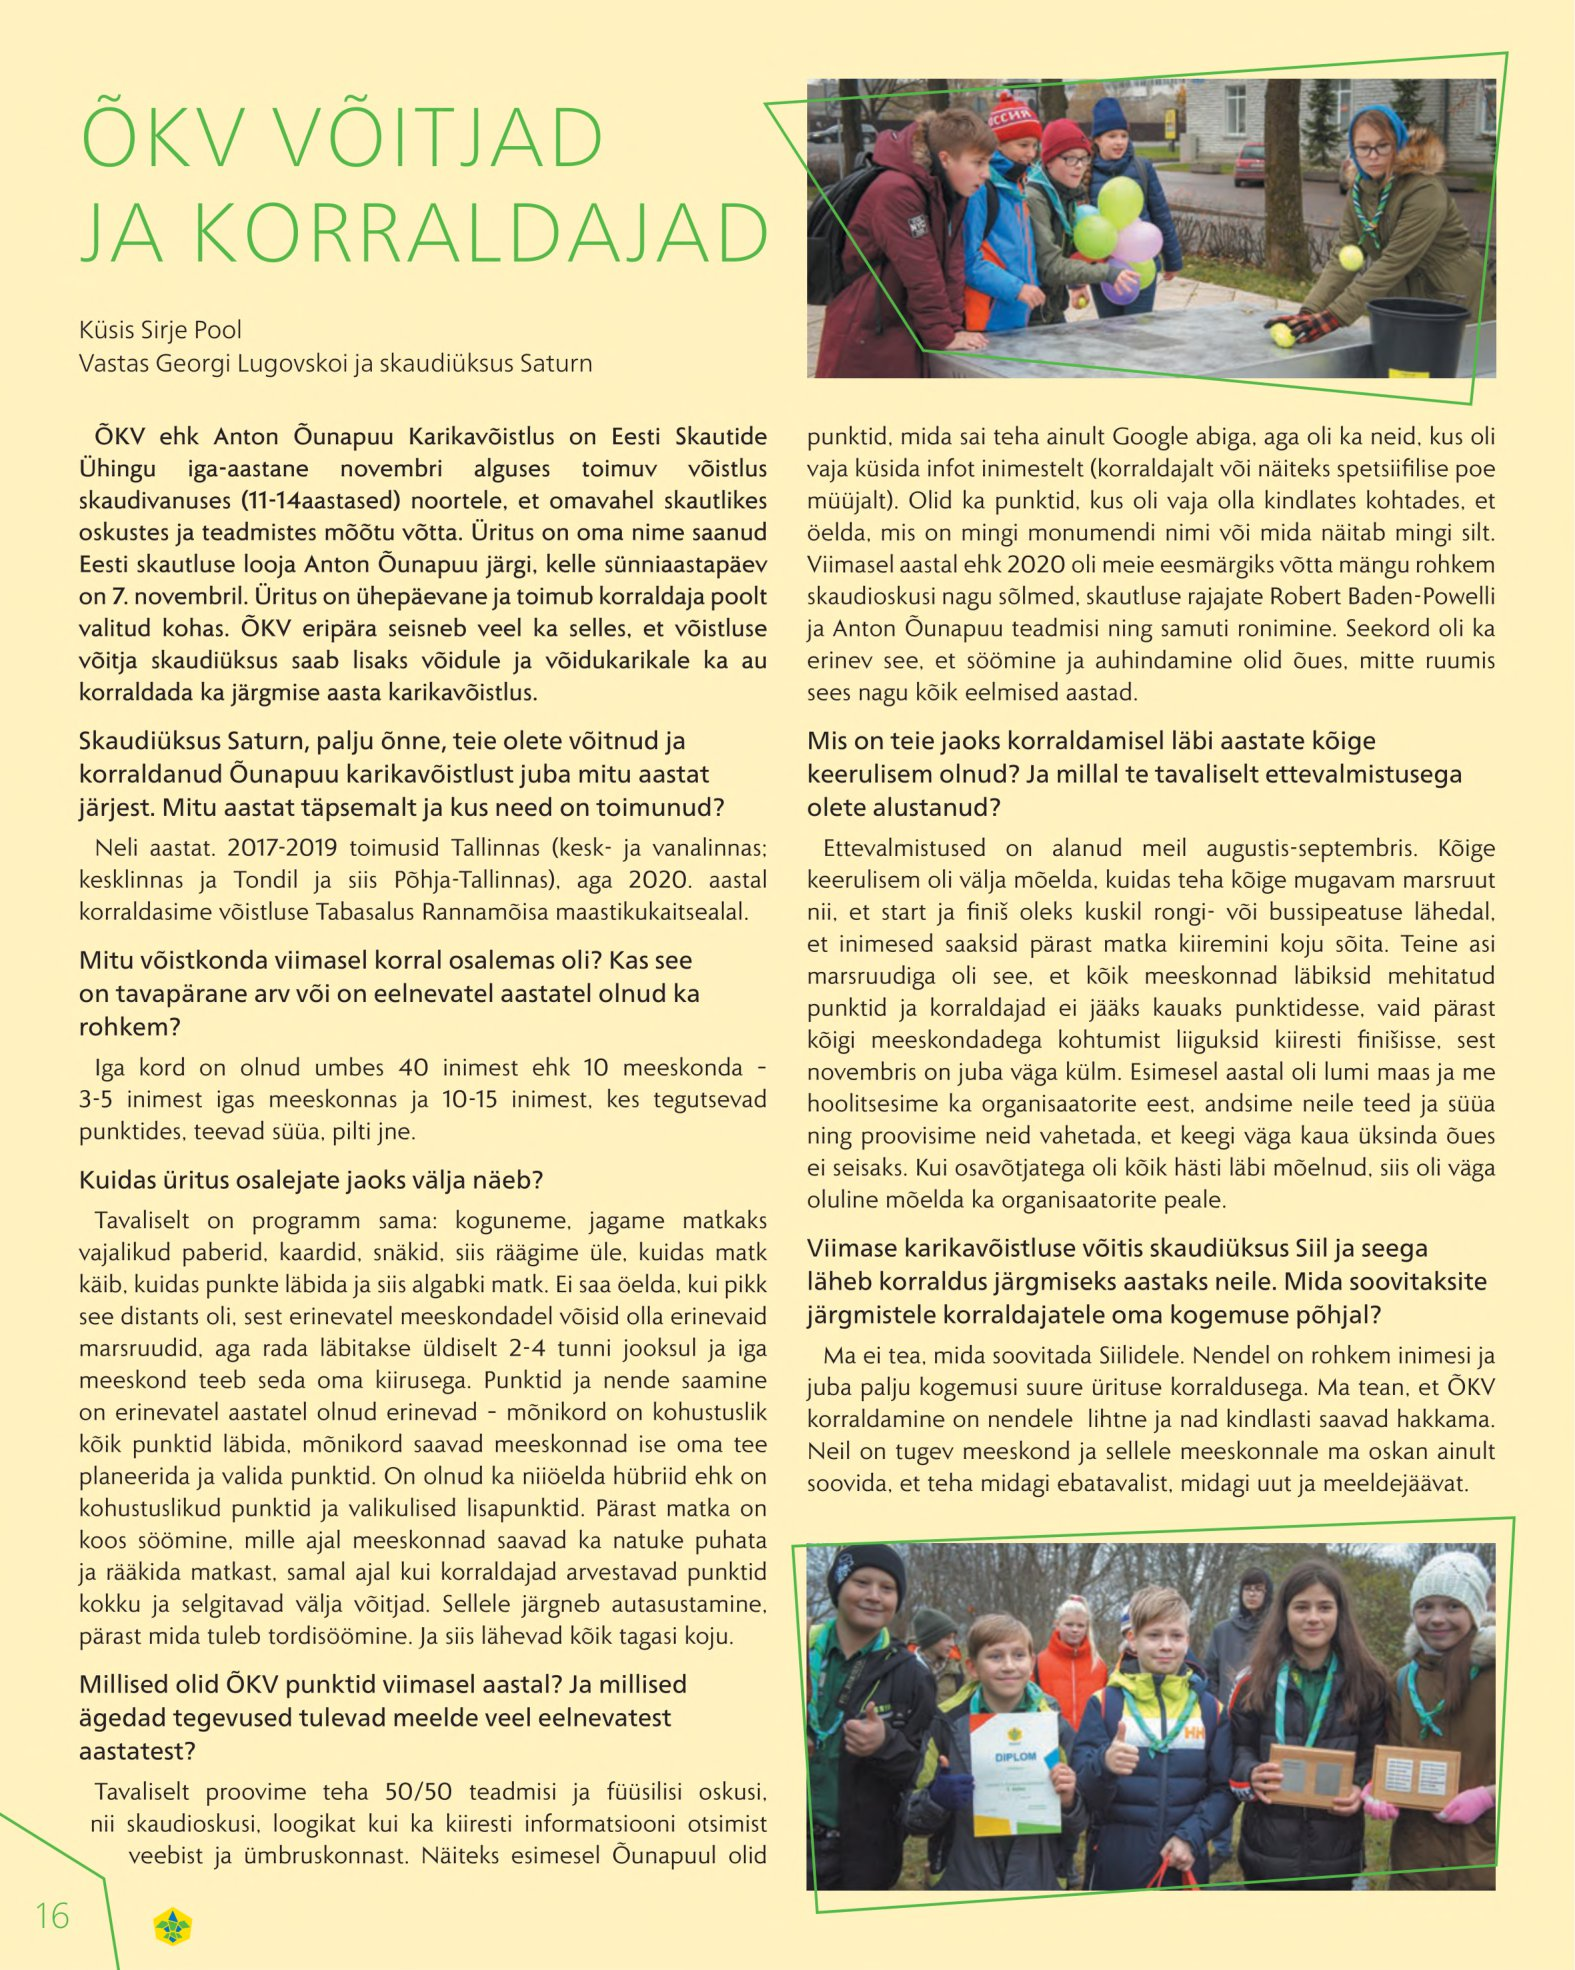
Language: et